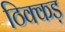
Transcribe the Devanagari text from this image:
ठिक्कड़